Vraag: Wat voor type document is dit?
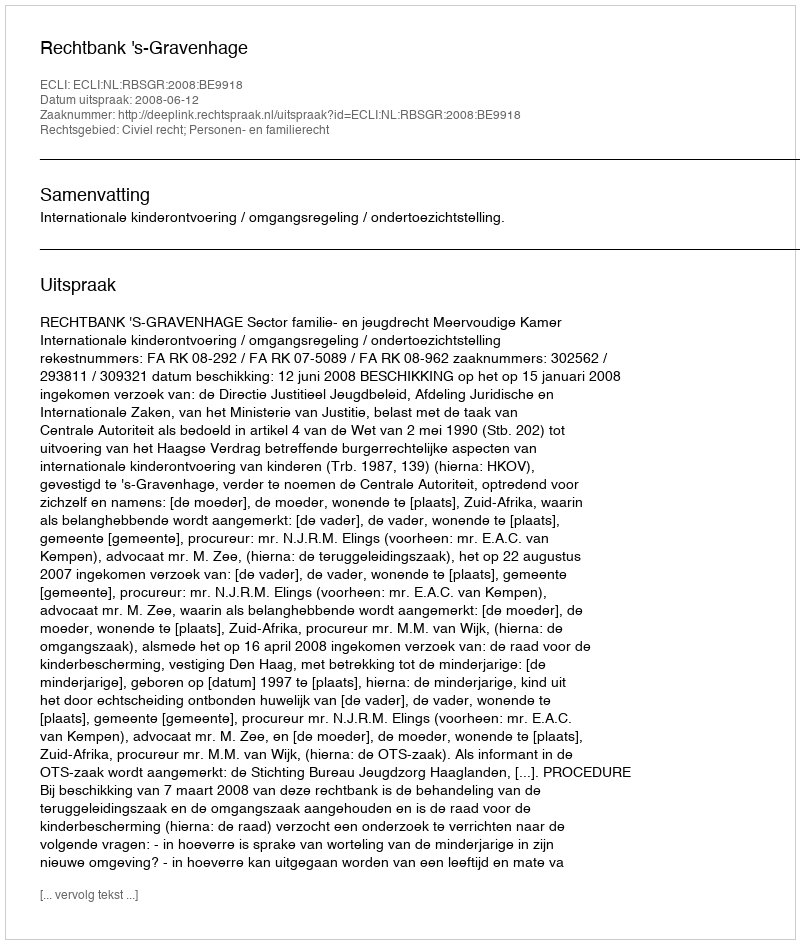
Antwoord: Uitspraak